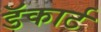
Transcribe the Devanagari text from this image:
डॅकार्ट